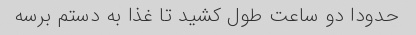
حدودا دو ساعت طول کشید تا غذا به دستم برسه